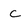
Character: c